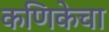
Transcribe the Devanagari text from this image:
कणिकेचा